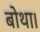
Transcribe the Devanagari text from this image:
बोथा।